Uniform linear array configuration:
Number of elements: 64
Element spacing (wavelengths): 0.5
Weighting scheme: kaiser
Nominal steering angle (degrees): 45
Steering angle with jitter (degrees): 44.604
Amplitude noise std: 0.05
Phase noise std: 0.05

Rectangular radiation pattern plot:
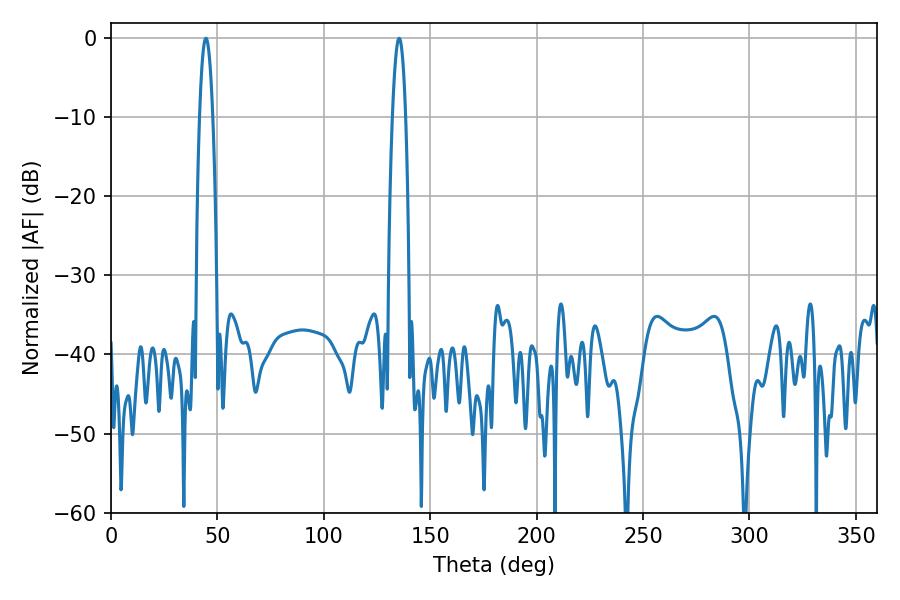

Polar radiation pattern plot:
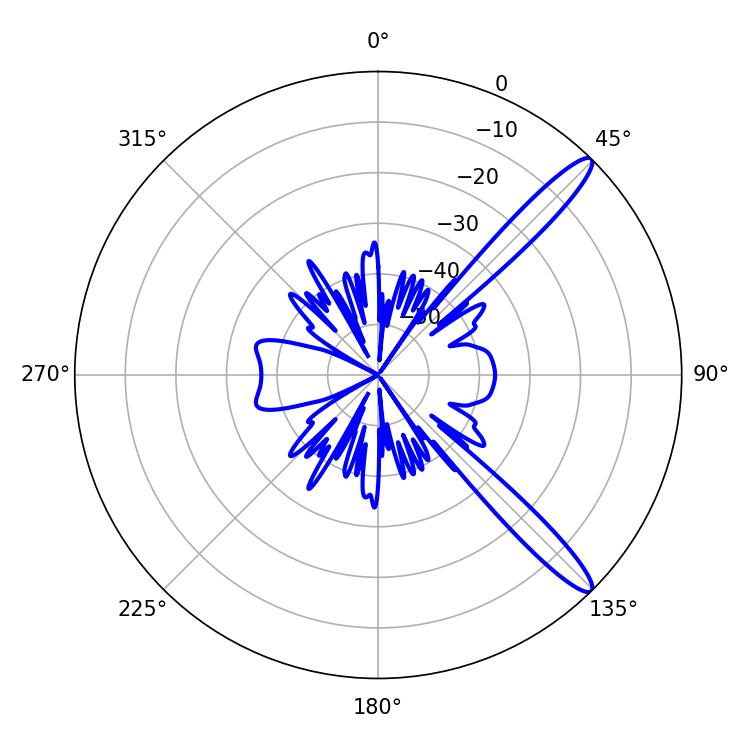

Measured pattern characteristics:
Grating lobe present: FALSE
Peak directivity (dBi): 13.407
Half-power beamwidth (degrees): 3.24
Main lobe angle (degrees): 44.64